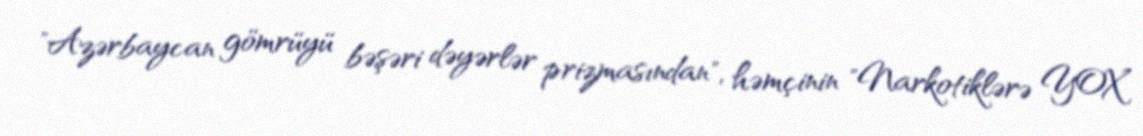
"Azərbaycan gömrüyü bəşəri dəyərlər prizmasından", həmçinin "Narkotiklərə YOX